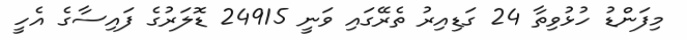
މިފަންޑު ހުޅުވިތާ 24 ގަޑިއިރު ތެރޭގައި ވަނީ 24915 ޑޮލަރުގެ ފައިސާގެ އެހީ